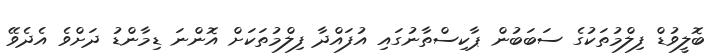
ބޮލީވުޑް ފިލްމުތަކުގެ ސަބަބުން ޕާކިސްތާނުގައި އުފައްދާ ފިލްމުތަކަށް އޮންނަ ޑިމާންޑު ދަށްވެ އެދެވޭ